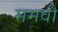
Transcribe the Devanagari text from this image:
ममवी